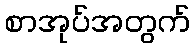
စာအုပ်အတွက်